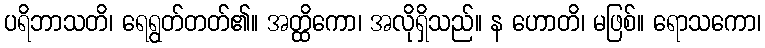
ပရိဘာသတိ၊ ရေရွတ်တတ်၏။ အတ္ထိကော၊ အလိုရှိသည်။ န ဟောတိ၊ မဖြစ်။ ရောသကော၊